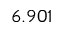
6 . 9 0 1